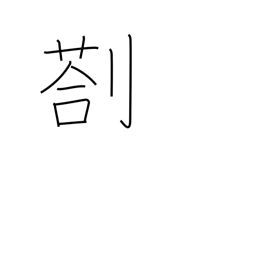
Meaning: remain